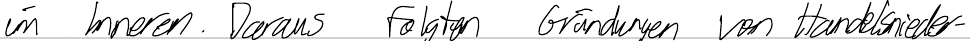
im Inneren. Daraus folgten Gründungen von Handelsnieder-